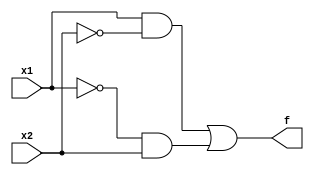
module lab1(x1, x2, f);
	input x1, x2;
	output f;
	assign f = (x1 & ~x2) | (~x1 & x2);
endmodule